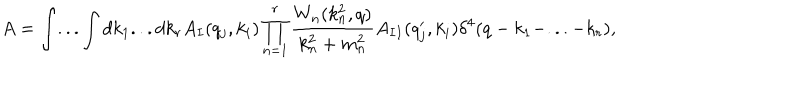
LaTeX: A = \int . . . \int d k _ { 1 } . . . d k _ { r } A _ { I } ( q _ { j } , k _ { i } ) \prod _ { n = 1 } ^ { r } \frac { W _ { n } ( k _ { n } ^ { 2 } , q ) } { k _ { n } ^ { 2 } + m _ { n } ^ { 2 } } A _ { I I } ( q _ { j } ^ { \prime } , k _ { i } ) \delta ^ { 4 } ( q - k _ { 1 } - . . . - k _ { r } ) ,